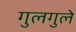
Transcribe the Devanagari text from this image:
गुलगुले